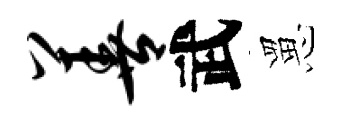
善武罳